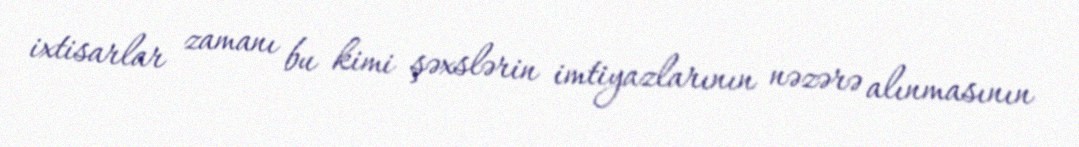
ixtisarlar zamanı bu kimi şəxslərin imtiyazlarının nəzərə alınmasının